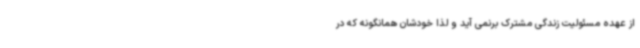
از عهده مسئولیت زندگی مشترک برنمی آید و لذا خودشان همانگونه که در